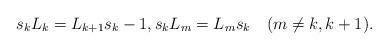
LaTeX: \begin{align*}s_kL_k=L_{k+1}s_k-1,s_kL_m=L_ms_k\quad(m\neq k,k+1).\end{align*}